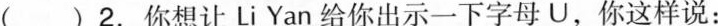
( )2.你想让Li Yan给你出示一下字母U，你这样说：